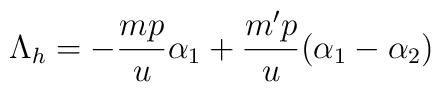
\Lambda_{h}=-\frac{mp}{u}\alpha_{1}+\frac{m'p}{u}(\alpha_{1}-\alpha_{2})